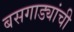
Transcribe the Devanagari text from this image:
बसगाड्यांची